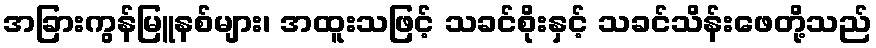
အခြားကွန်မြူနစ်များ၊ အထူးသဖြင့် သခင်စိုးနှင့် သခင်သိန်းဖေတို့သည်